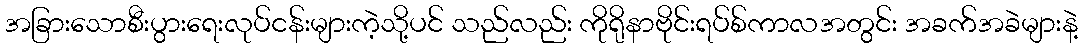
အခြားသောစီးပွားရေးလုပ်ငန်းများကဲ့သို့ပင် သည်လည်း ကိုရိုနာဗိုင်းရပ်စ်ကာလအတွင်း အခက်အခဲများနဲ့